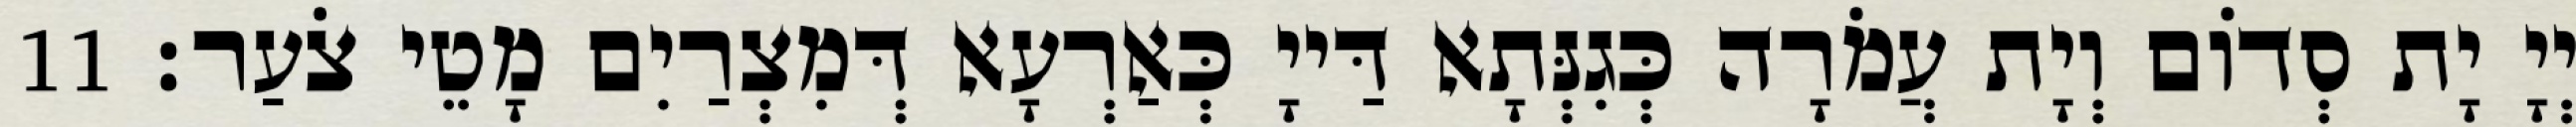
יְיָ יָת סְדוֹם וְיָת עֲמֹרָה כְּגִנְּתָא דַּייָ כְּאַרְעָא דְּמִצְרַיִם מָטֵי צֹעַר׃ 11